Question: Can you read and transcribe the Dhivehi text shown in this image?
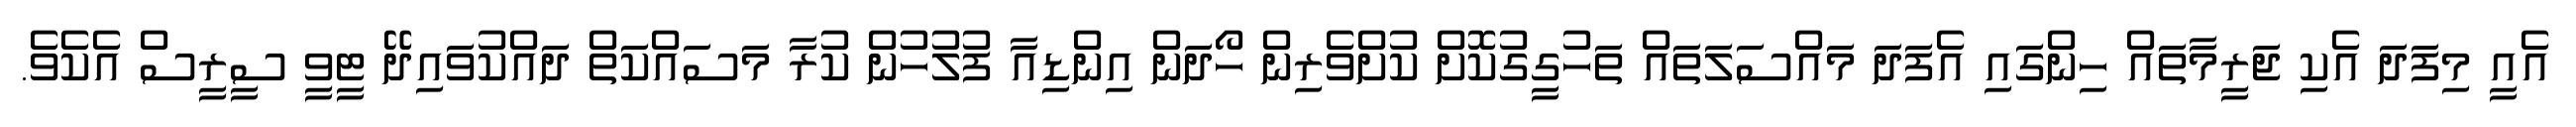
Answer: އެއީ މިފަދަ އެކި ޖަރީމާތައް ހިންގައި އެފަދަ މައްސަލަތައް ތަހުގީގުކޮށް ކުށްވެރިން ހޯދަން އިންޑިއާ ފުލުހުން ކުރާ މަސައްކަތް ދައްކުވައިދޭ ޓީވީ ސީރީސް އެކެވެ.